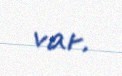
var.